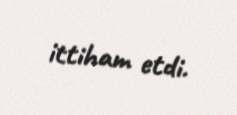
ittiham etdi.